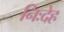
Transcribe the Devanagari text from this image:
निःदेह